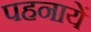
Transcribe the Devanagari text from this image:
पहनायें